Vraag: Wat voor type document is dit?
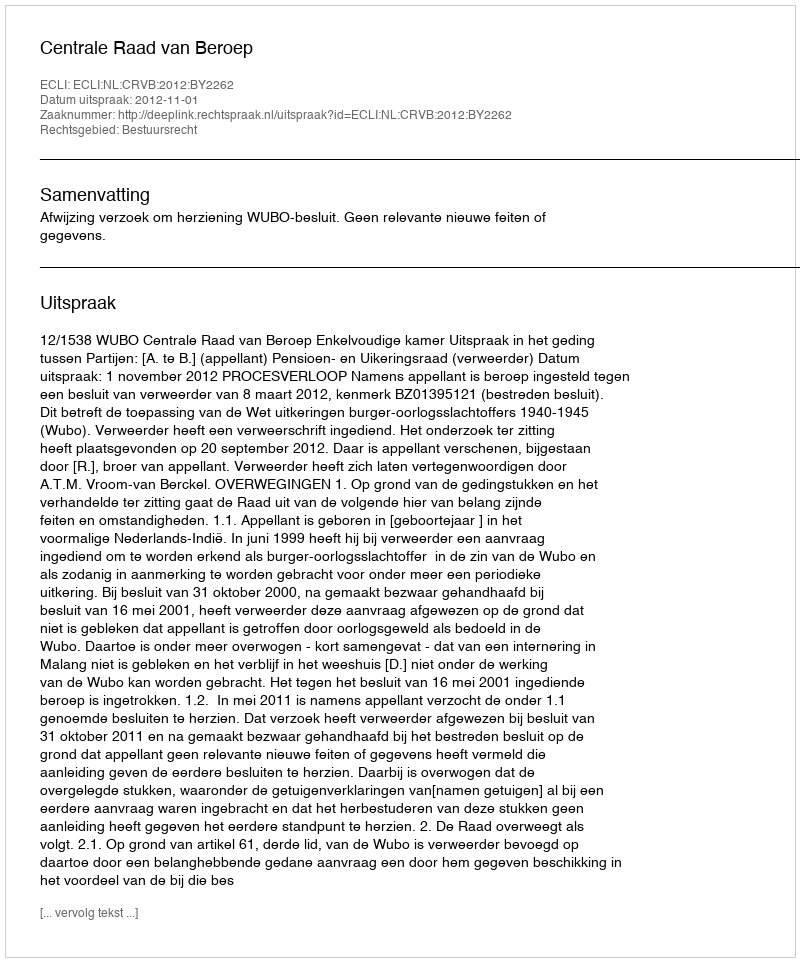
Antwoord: Uitspraak